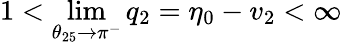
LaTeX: \displaystyle{1<\operatorname*{lim}_{\theta_{25}\to\pi^{-}}q_{2}=\eta_{0}-v_{2}<\infty}